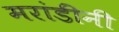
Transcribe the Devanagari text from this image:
मरांडींनी